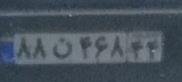
۸۸ن۴۶۸۴۴